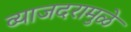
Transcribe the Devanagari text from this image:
व्याजदरामुळे